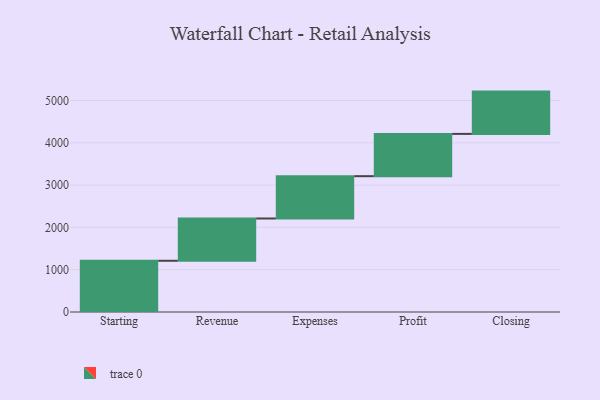
{"axis": {"x": "Step", "y": "Value"}, "legend": [""], "data": [{"x": "Starting", "y": 1211.0, "type": ""}, {"x": "Revenue", "y": 1000, "type": ""}, {"x": "Expenses", "y": 1000, "type": ""}, {"x": "Profit", "y": 1000, "type": ""}, {"x": "Closing", "y": 1000, "type": ""}]}